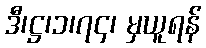
ဒီ၊ဋ္ဌ၊၁၊၇၄၊ မှယူရန်